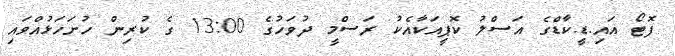
ފޮޓޯ އައި.ޑީ.ކާޑްގެ އަސްލު ކޮޕީއަކާއެކު ރަސްމީ ދުވަހުގެ 13:00 ގެ ކުރިން ހުށަހަޅުއްވައި